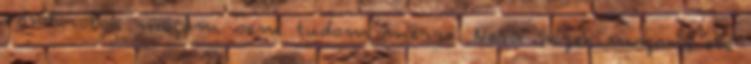
vándorolok magam sem tudom merre. Nem nézek magam elé